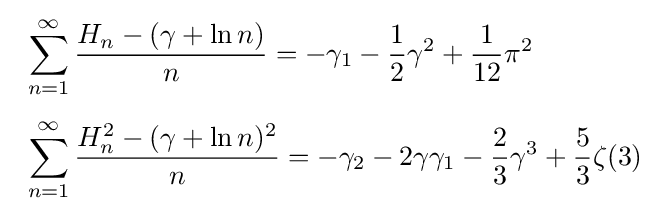
{\begin{array}{l}\displaystyle \sum _{n=1}^{\infty }{\frac {H_{n}-(\gamma +\ln n)}{n}}=-\gamma _{1}-{\frac {1}{2}}\gamma ^{2}+{\frac {1}{12}}\pi ^{2}\\[6mm]\displaystyle \sum _{n=1}^{\infty }{\frac {H_{n}^{2}-(\gamma +\ln n)^{2}}{n}}=-\gamma _{2}-2\gamma \gamma _{1}-{\frac {2}{3}}\gamma ^{3}+{\frac {5}{3}}\zeta (3)\end{array}}